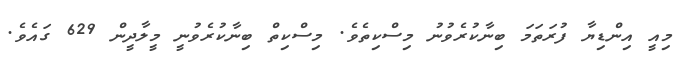
މިއީ އިންޑިޔާ ފުރަތަމަ ބިނާކުރެވުނު މިސްކިތެވެ. މިސްކިތް ބިނާކުރެވުނީ މީލާދީން 629 ގައެވެ.